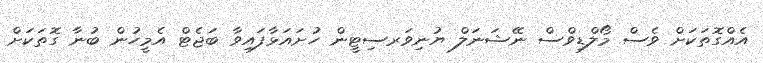
އެއްގޮތަކަށް ވެސް މޯލްޑިވްސް ނޭޝަނަލް ޔުނިވަރސިޓީން ހުށައަޅާފައިވާ ބަޖެޓް އެމީހުން ބުނާ ގޮތަަކަށް